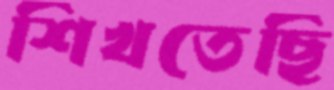
শিখতেছি